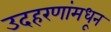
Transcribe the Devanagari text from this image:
उदहरणांमधून